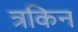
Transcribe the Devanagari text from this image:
त्रकिन